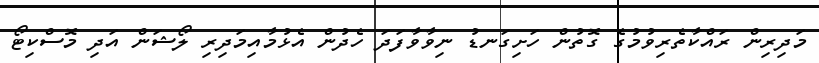
މަދިރިން ރައްކާތެރިވުމުގެ ގޮތުން ހަށިގަނޑު ނިވާވާފަދަ ހެދުން އެޅުމާއިމަދިރި ލޯޝަން އަދި މޮސްކިޓޯ